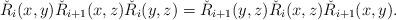
LaTeX: \begin{align*}\check{R}_i(x,y)\check{R}_{i+1}(x,z)\check{R}_i(y,z)=\check{R}_{i+1}(y,z)\check{R}_i(x,z)\check{R}_{i+1}(x,y).\end{align*}